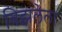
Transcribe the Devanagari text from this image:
विझलेला